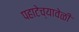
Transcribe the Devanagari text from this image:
पहाटेच्यावेळी